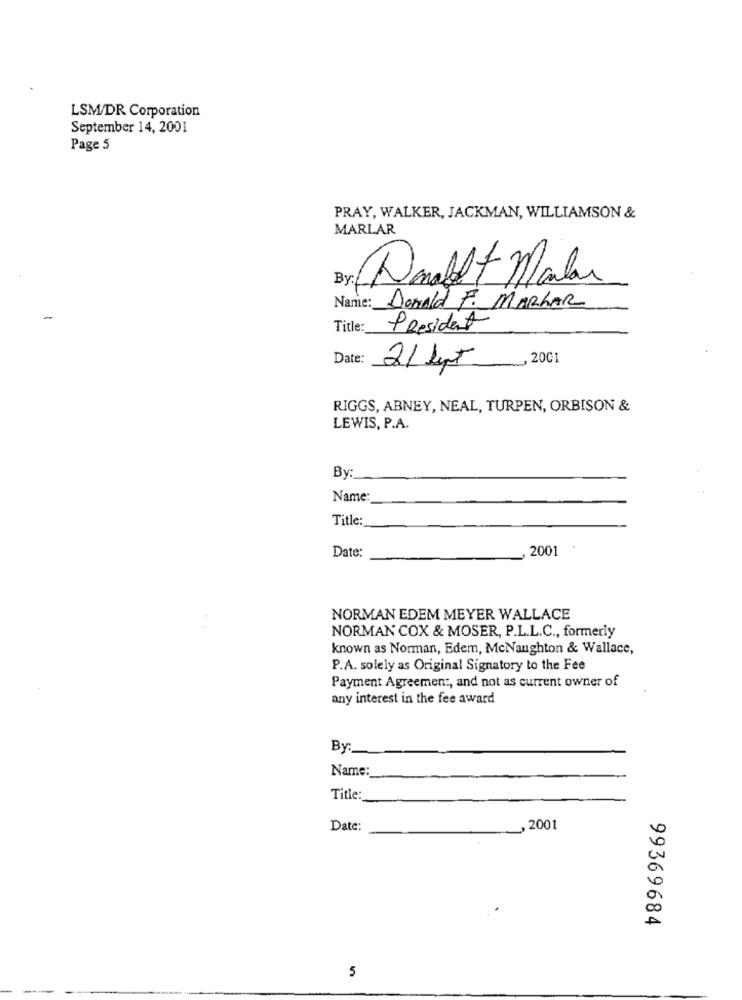
LSM/DR Corporation
September 14, 2001
Page 5
PRAY, WALKER, JACKMAN, WILLIAMSON &
MARLAR
By:
Name: Donald F. MARKAR
Title:
President
Date:
_, 2001
21 hpt
RIGGS, ABNEY, NEAL, TURPEN, ORBISON &
LEWIS, P.A.
By:
Name
Title:
Date:
2001
NORMAN EDEM MEYER WALLACE
NORMAN COX & MOSER, P.L.L.C ., formerly
known as Norman, Edem, McNaughton & Wallace,
P.A. solely as Original Signatory to the Fee
Payment Agreement, and not as current owner of
any interest in the fee award
By :_
Name:
Title:
Date:
, 2001
99369684
5